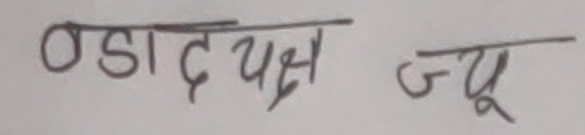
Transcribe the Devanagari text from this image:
बडादपक्ष ज्यू